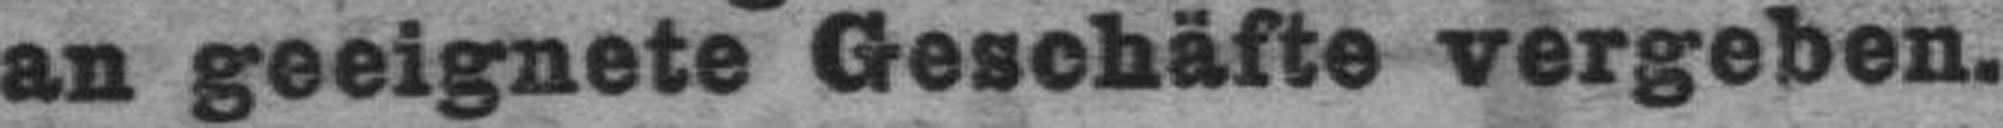
an geeignete Geschäfte vergeben.